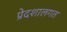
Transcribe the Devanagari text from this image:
प्रेदशालगत